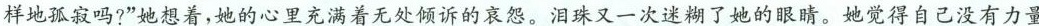
样地孤寂吗？”她想着，她的心里充满着无处倾诉的哀怨。泪珠又一次迷糊了她的眼睛。她觉得自己没有力量